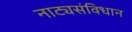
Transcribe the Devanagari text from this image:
नाट्यसंविधान